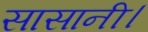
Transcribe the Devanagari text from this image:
सासानी।